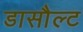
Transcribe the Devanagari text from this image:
डासौल्ट